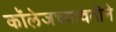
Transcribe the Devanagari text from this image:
कॉलेजच्यावतीने